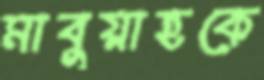
মাবুয়াহকে